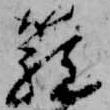
籠